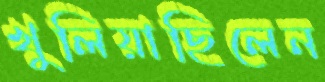
খুলিয়াছিলেন